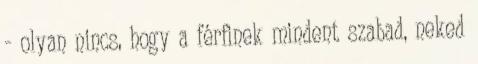
- olyan nincs, hogy a férfinek mindent szabad, neked